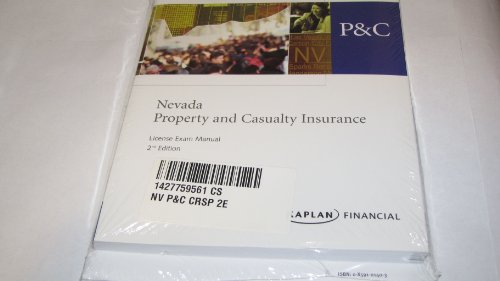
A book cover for Nevada Property and Casualty Insurance; Business & Money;